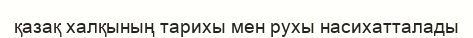
қазақ халқының тарихы мен рухы насихатталады